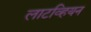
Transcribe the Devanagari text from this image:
लाटव्हियन